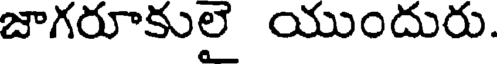
జాగరూకులై యుందురు.